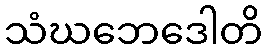
သံဃဘေဒေါတိ